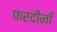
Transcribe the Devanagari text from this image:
फरदीनाँ